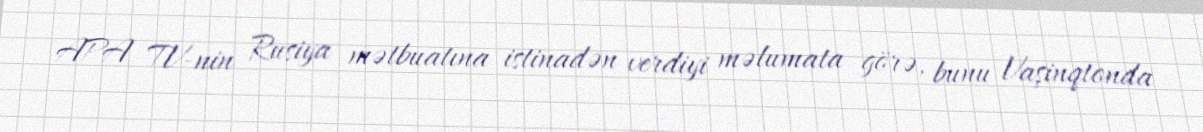
APA TV-nin Rusiya mətbuatına istinadən verdiyi məlumata görə, bunu Vaşinqtonda